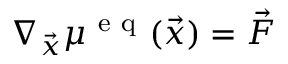
\nabla _ { \vec { x } } \mu ^ { \mathrm { ~ e ~ q ~ } } ( \vec { x } ) = \vec { F }